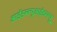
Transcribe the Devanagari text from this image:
आईडब्ल्यूआईडब्ल्यू